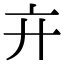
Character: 𢌮